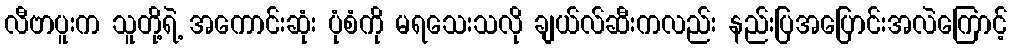
လီဗာပူးက သူတို့ရဲ့ အကောင်းဆုံး ပုံစံကို မရသေးသလို ချယ်လ်ဆီးကလည်း နည်းပြအပြောင်းအလဲကြောင့်